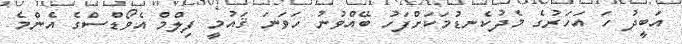
އަބީދު ހަ އަހަރުގެ މެދުކެނޑުމަކަށްފަހު ބޭއްވުނު ހަވަނަ ޤައުމީ ފިލްމް އެވޯޑްސްގެ އެންމެ